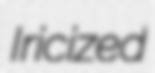
Iricized